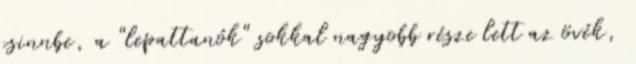
csinnbe, a "lepattanók" sokkal nagyobb része lett az övék,